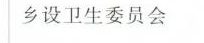
乡设卫生委员会